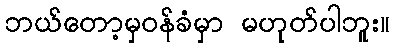
ဘယ်တော့မှဝန်ခံမှာ မဟုတ်ပါဘူး။